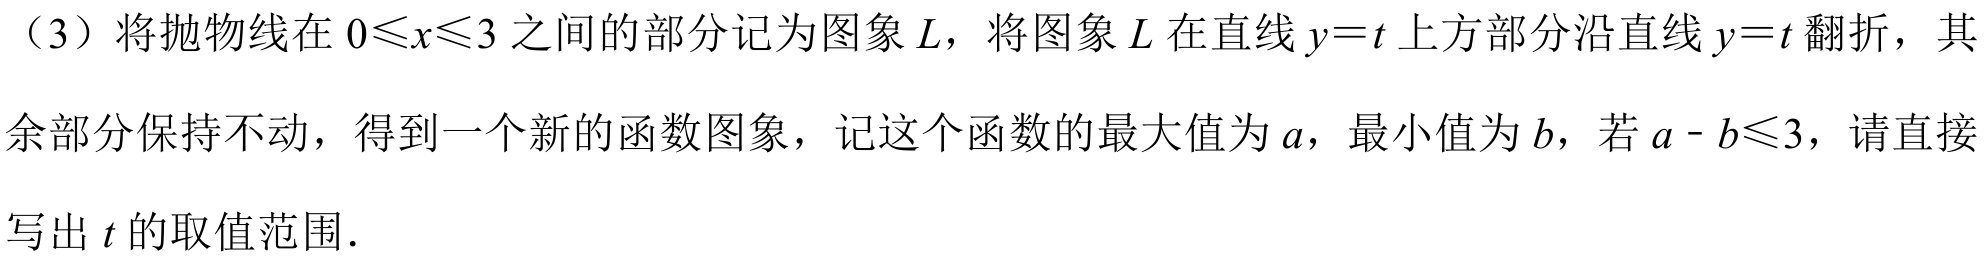
（3）将抛物线在\(0\leqslant x\leqslant3\)之间的部分记为图象\(L\)，将图象\(L\)在直线\(y = t\)上方部分沿直线\(y = t\)翻折，其余部分保持不动，得到一个新的函数图象，记这个函数的最大值为\(a\)，最小值为\(b\)，若\(a - b\leqslant3\)，请直接写出\(t\)的取值范围．